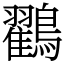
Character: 鸐